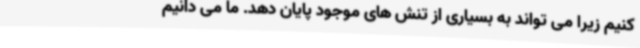
کنیم زیرا می تواند به بسیاری از تنش های موجود پایان دهد. ما می دانیم